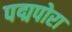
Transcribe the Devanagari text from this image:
पद्मपोरा